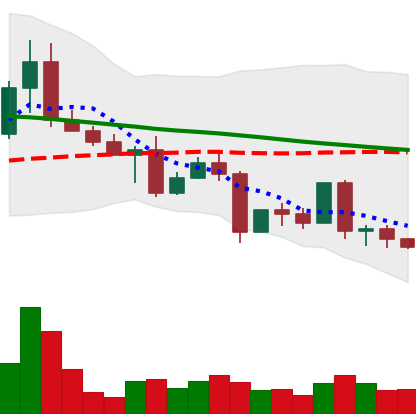
Ticker: EOS-USD
Chart end date: 2022-05-08
Forward return: -31.502%
Label: down_7plus